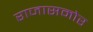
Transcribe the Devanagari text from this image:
राजासमोर